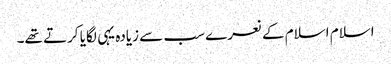
اسلام اسلام کے نعرے سب سے زیادہ یہی لگایا کرتے تھے۔